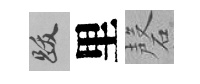
跋里磬